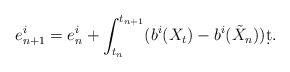
LaTeX: \begin{align*}e_{n+1}^i = e_n^i + \int_{t_n}^{t_{n+1}}(b^i(X_t)-b^i(\tilde X_n))\d t.\end{align*}